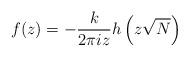
LaTeX: \begin{align*}f(z)=-\frac{k}{2\pi i z}h\left(z\sqrt{N}\right)\end{align*}